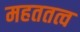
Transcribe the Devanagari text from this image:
महततत्व